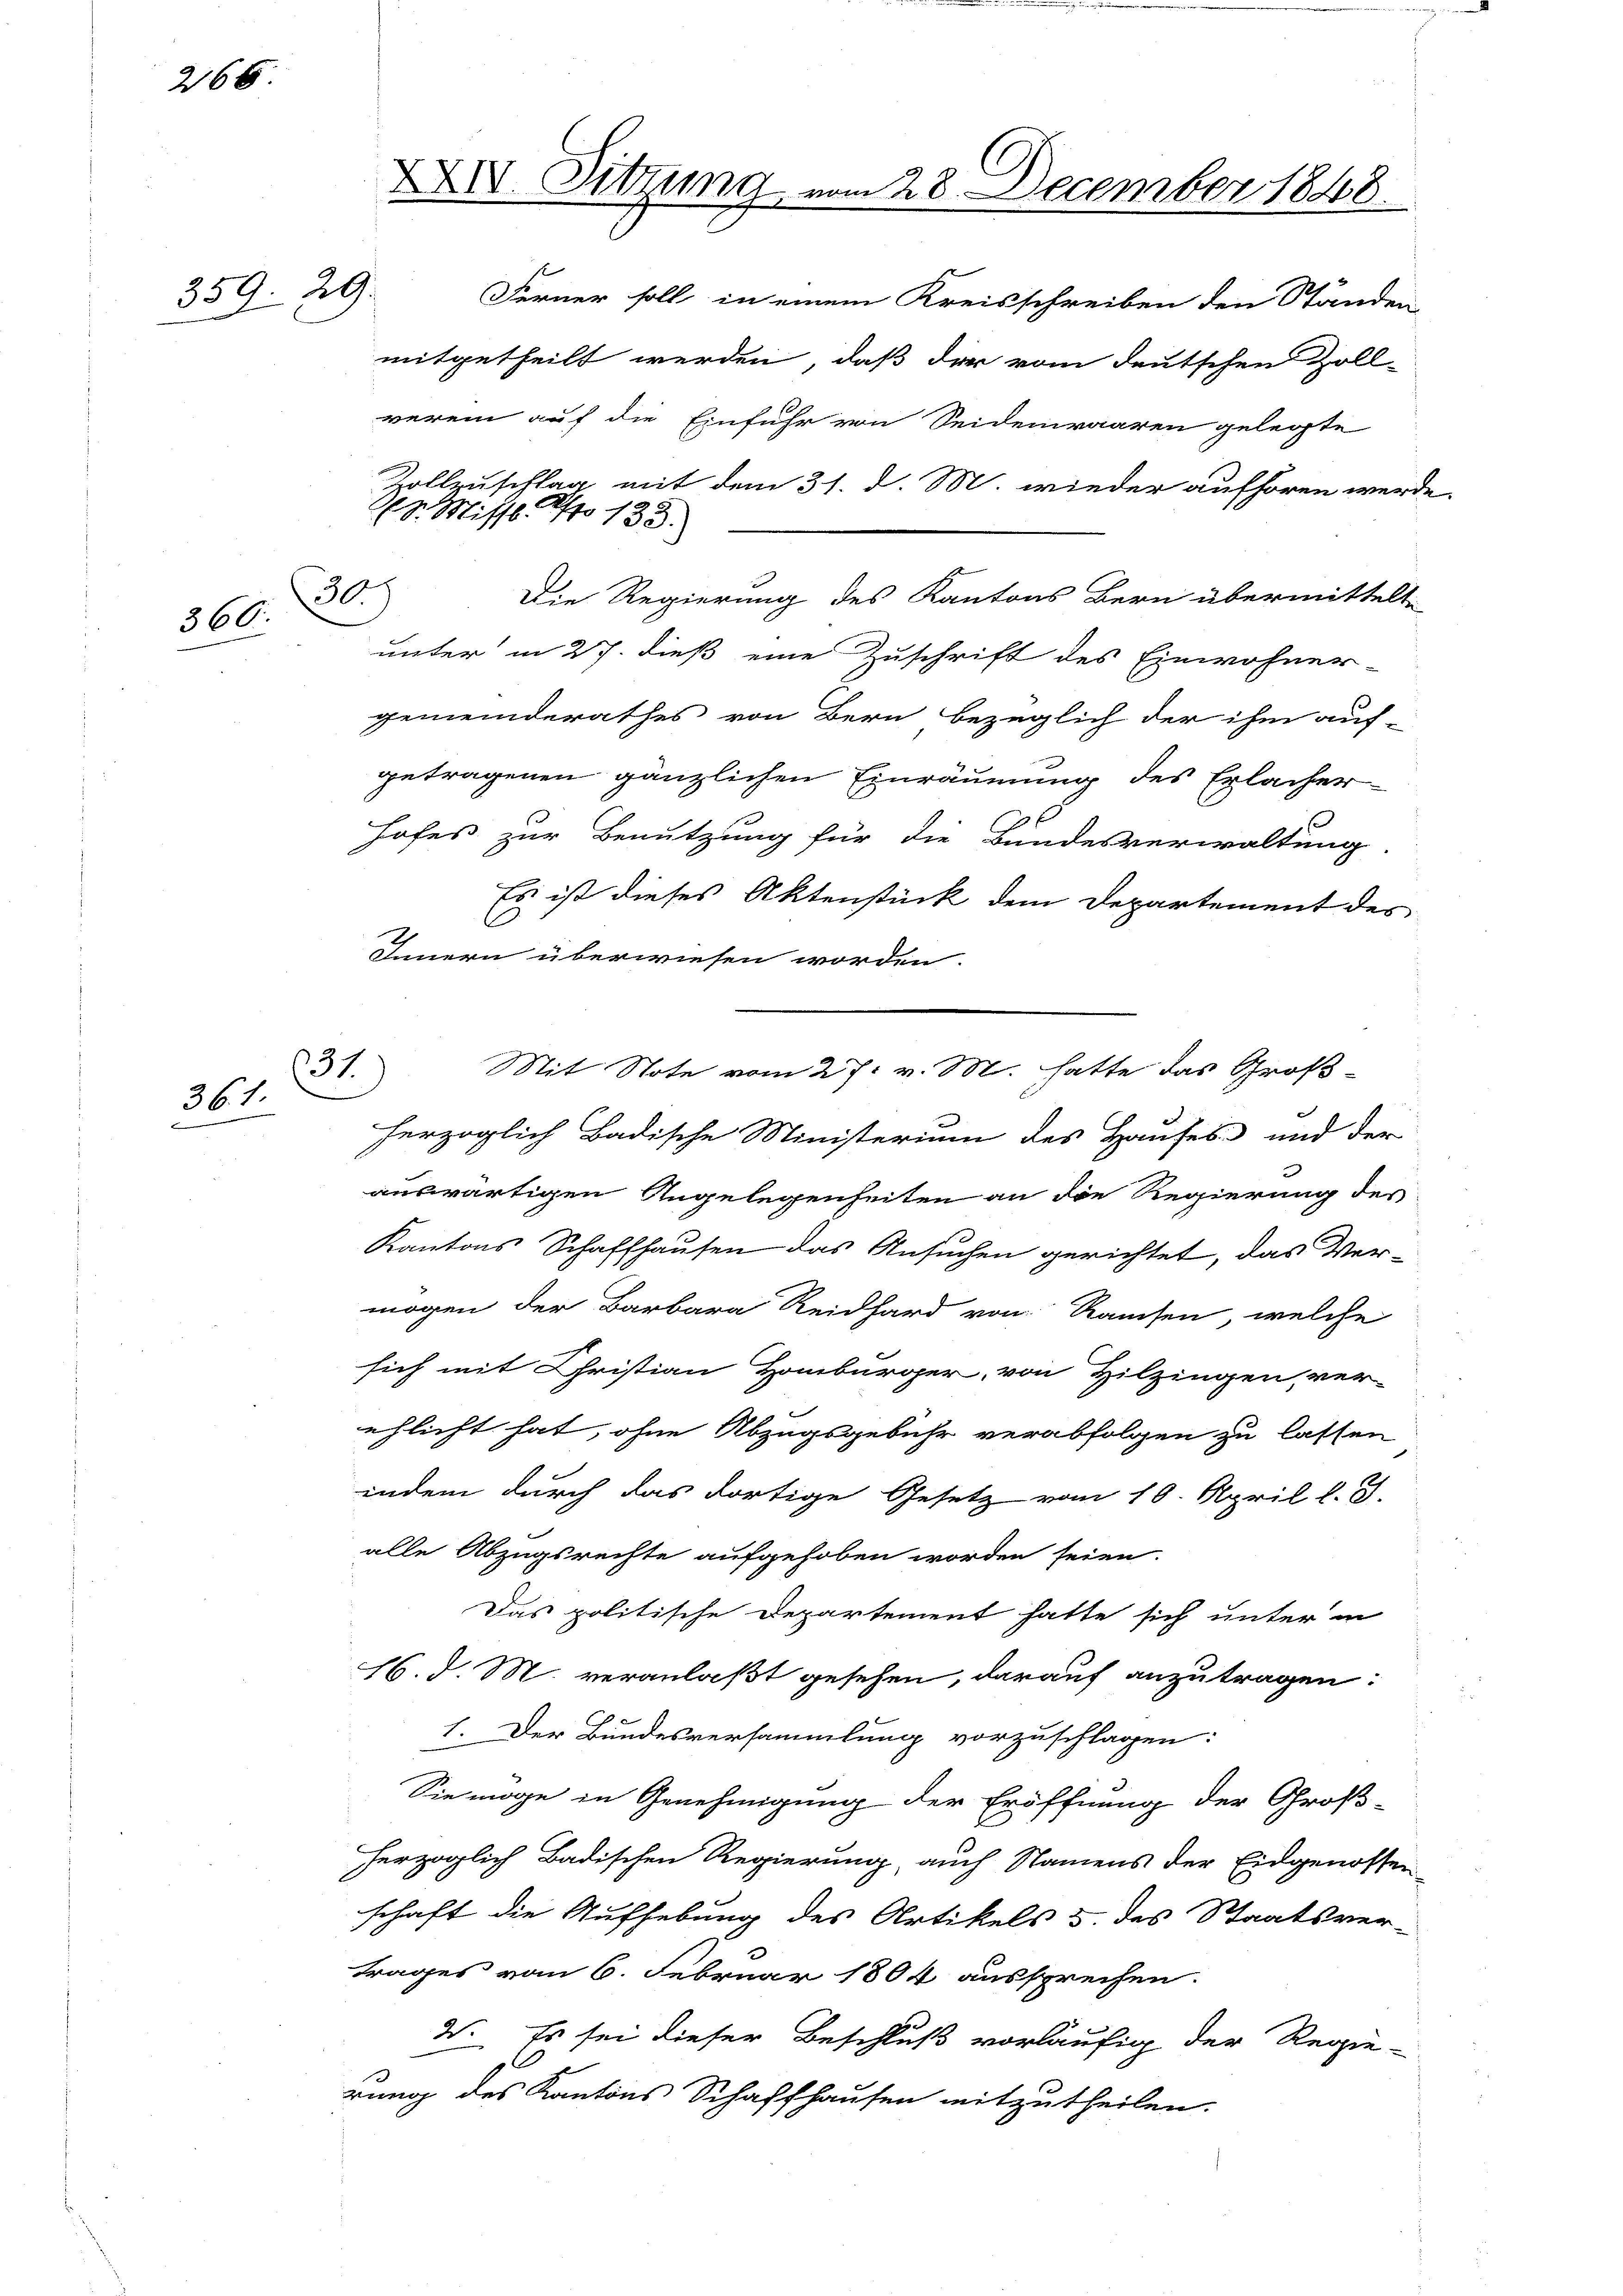
266

366.

359. 29.

31.
361.

XXIV. Sitzung vom 28. December 1848.
Ferner soll in einem Kreisschreiben den Ständen
mitgetheilt werden, daß der vom deutschen Zoll-

verein auf die Einfuhr von Seidenwaaren gelegte
Zollzuschlag mit dem 31. d. M. wieder aufhören werde.
Die Regierung des Kantons Bern übermittelte
unter in 27. dieß eine Zuschrift des Einwohner-
gemeinderathes von Bern bezüglich der ihm auf-
getragenen gänzlichen Einräumung des Erlacher
Hofes zur Benutzung für die Bundesverwaltung
Es ist dieses Aktenstück dem Departement des
C
Innern überwiesen worden.
herzoglich Badische Ministerium des Hauses und der
auswärtigen Angelegenheiten an die Regierung des
Kantons Schaffhausen das Ansuchen gerichtet, das Ver-
mögen der Barbara Reidhard von Ramsen, welche
sich mit Christian Hombürger, von Hilzingen, ver-
ehlicht hat, ohne Abzugsgebühr verabfolgen zu lassen
indem durch das dortige Gesetz vom 10. April l. J.
alle Abzugsrechte aufgehoben worden seien.
Das politische Departement hatte sich unter in
16. d. M. veranlaßt gesehen, darauf anzutragen:
1. Der Bundesversammlung vorzuschlagen:
Sie möge in Genehmigung der Eröffnung der Groß-
herzoglich Badischen Regierung, auch Namens der Eidgenossen
schaft die Aufhebung des Artikels u. des Staatsver-
trages vom 6. Februar 1804 aussprechen.
3. Es sei dieser Beschluß vorläufig der Regie-
.
rung des Kantons Schaffhausen mitzutheilen.

Pr. Missl. No 133.
30

Mit Note vom 27. v. M. hatte das Groß¬